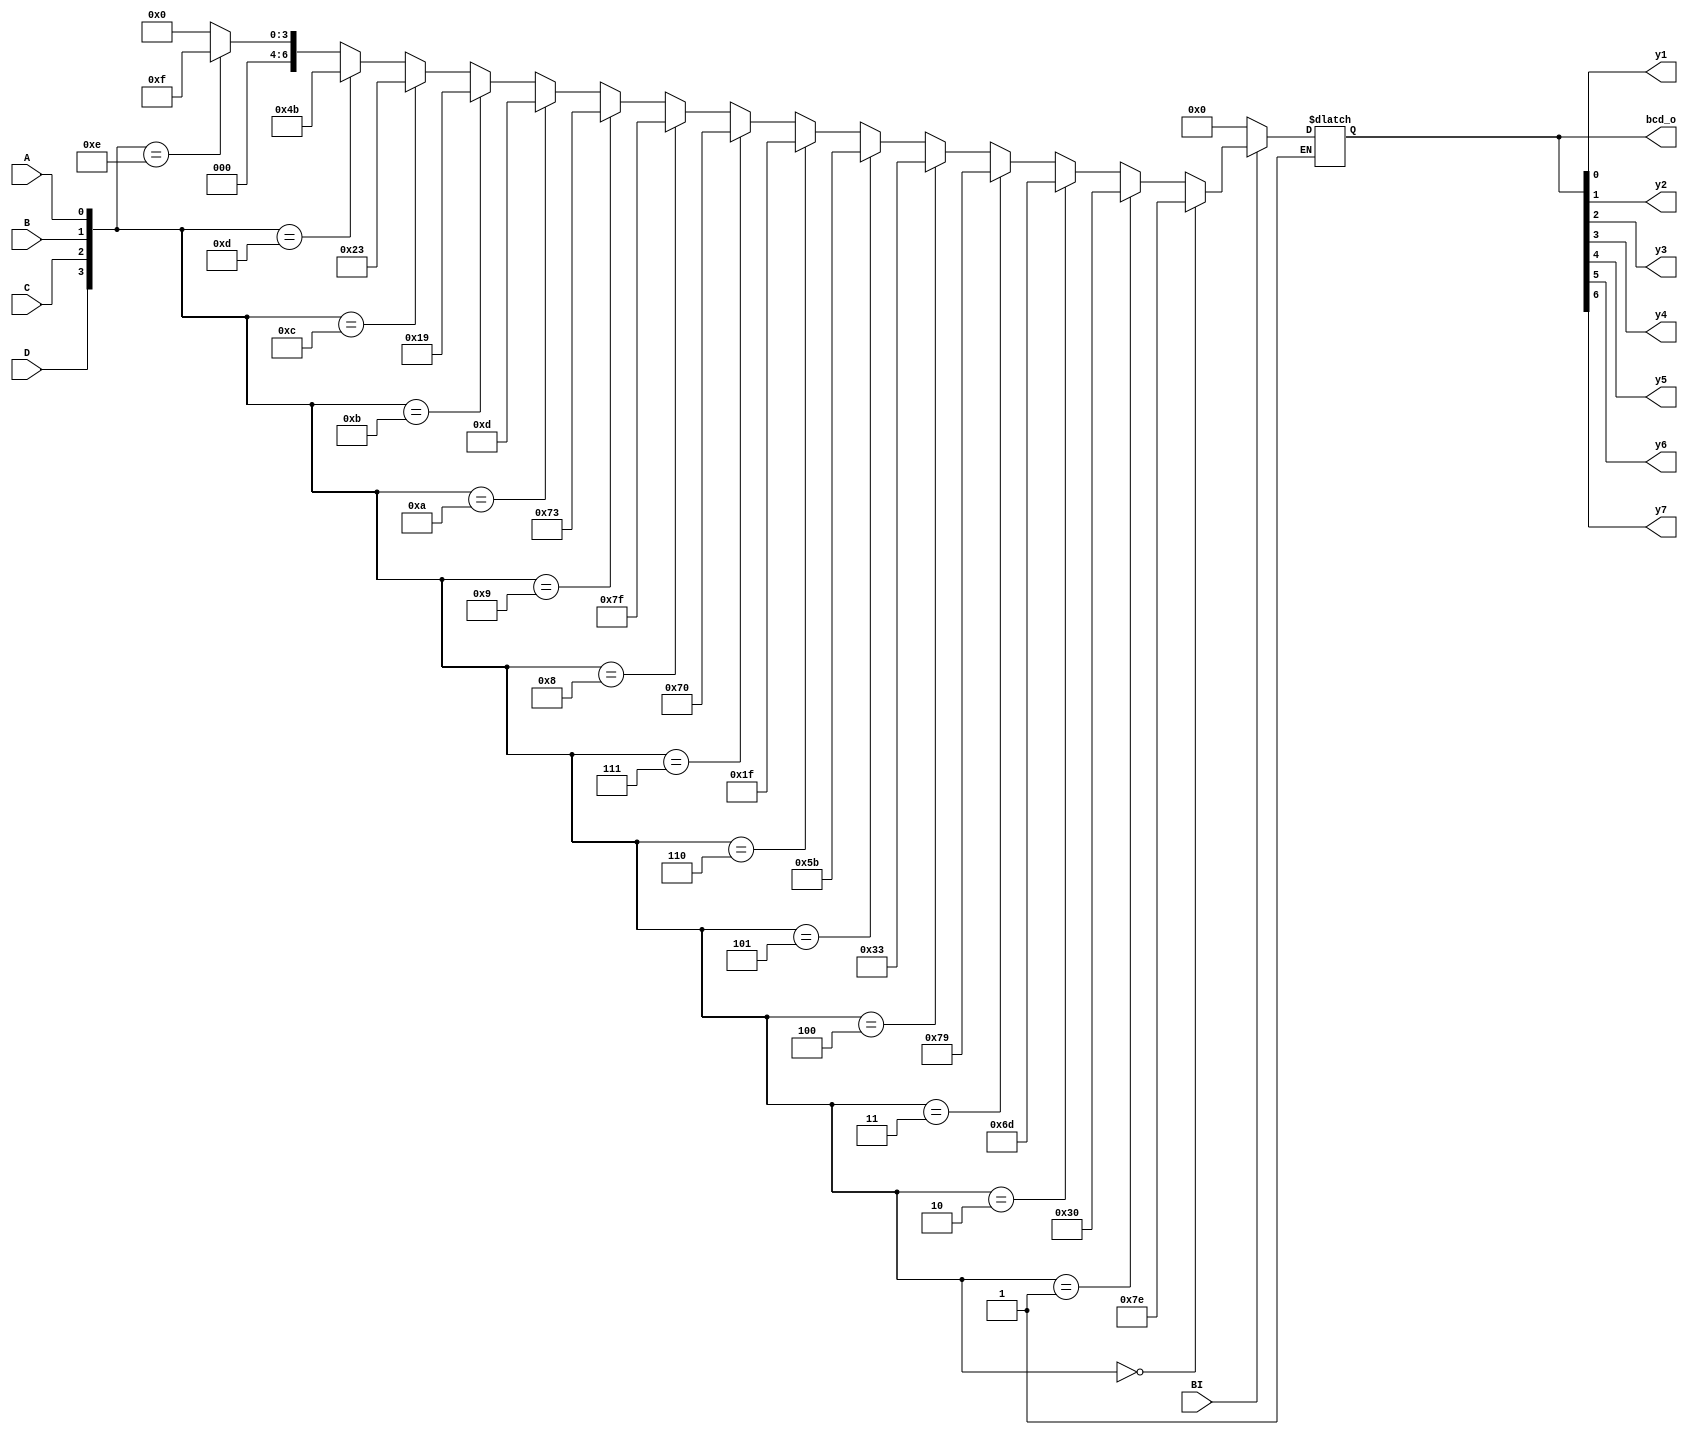
module BCDTOSEVEN3_1(input BI , input D , input C , input B , input A , output[6:0] bcd_o , output y1 , output y2 , output y3 , output y4 , output y5 , output y6 , output y7);
reg[6:0] bcd_r;
assign bcd_o = bcd_r;
assign y1 = bcd_r[0];
assign y2 = bcd_r[1];
assign y3 = bcd_r[2];
assign y4 = bcd_r[3];
assign y5 = bcd_r[4];
assign y6 = bcd_r[5];
assign y7 = bcd_r[6];
always@(BI or D or C or B or A)
begin
if(BI)
bcd_r <= ({D,C,B,A}==4'b0000) ? 7'b1111110 : ({D,C,B,A}==4'b0001) ? 7'b0110000 : ({D,C,B,A}==4'b0010) ? 7'b1101101 :({D,C,B,A}==4'b0011) ? 7'b1111001 : ({D,C,B,A}==4'b0100) ? 7'b0110011 : ({D,C,B,A}==4'b0101) ? 7'b1011011: 
({D,C,B,A}==4'b0110) ? 7'b0011111: ({D,C,B,A}==4'b0111) ? 7'b1110000 : ({D,C,B,A}==4'b1000) ? 7'b1111111: ({D,C,B,A}==4'b1001) ? 7'b1110011: ({D,C,B,A}==4'b1010) ? 7'b0001101 : ({D,C,B,A}==4'b1011) ? 7'b0011001 : ({D,C,B,A}==4'b1100) ? 7'b0100011: ({D,C,B,A}==4'b1101) ? 7'b1001011 : ({D,C,B,A}==4'b1110) ? 7'b0001111 :
({D,C,B,A}==4'b1111) ? 7'b0000000 : 7'bzzzzzzz;
else if(~BI)
bcd_r <= 7'b0000000;
end
endmodule